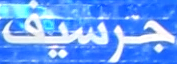
جرسيف